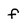
Character: f